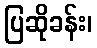
ပြဆိုခန်း၊